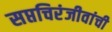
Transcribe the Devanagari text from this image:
सप्तचिरंजीवांची